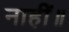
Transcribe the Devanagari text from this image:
नाहीं॥